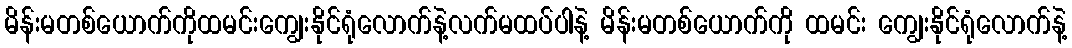
မိန်းမတစ်ယောက်ကိုထမင်းကျွေးနိုင်ရုံလောက်နဲ့လက်မထပ်ပါနဲ့ မိန်းမတစ်ယောက်ကို ထမင်း ကျွေးနိုင်ရုံလောက်နဲ့